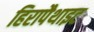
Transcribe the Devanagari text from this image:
हिरापैथाइट